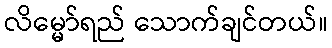
လိမ္မော်ရည် သောက်ချင်တယ်။